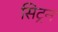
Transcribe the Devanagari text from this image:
सिट्रन